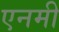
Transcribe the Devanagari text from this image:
एनमी